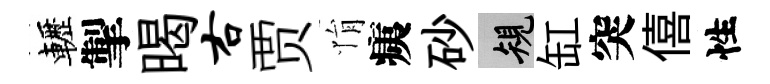
轣掣暍右贾悁痍砂規缸突僖性